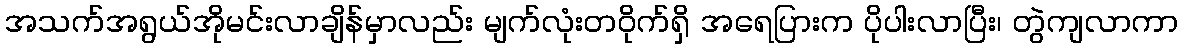
အသက်အရွယ်အိုမင်းလာချိန်မှာလည်း မျက်လုံးတဝိုက်ရှိ အရေပြားက ပိုပါးလာပြီး၊ တွဲကျလာကာ